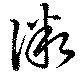
微